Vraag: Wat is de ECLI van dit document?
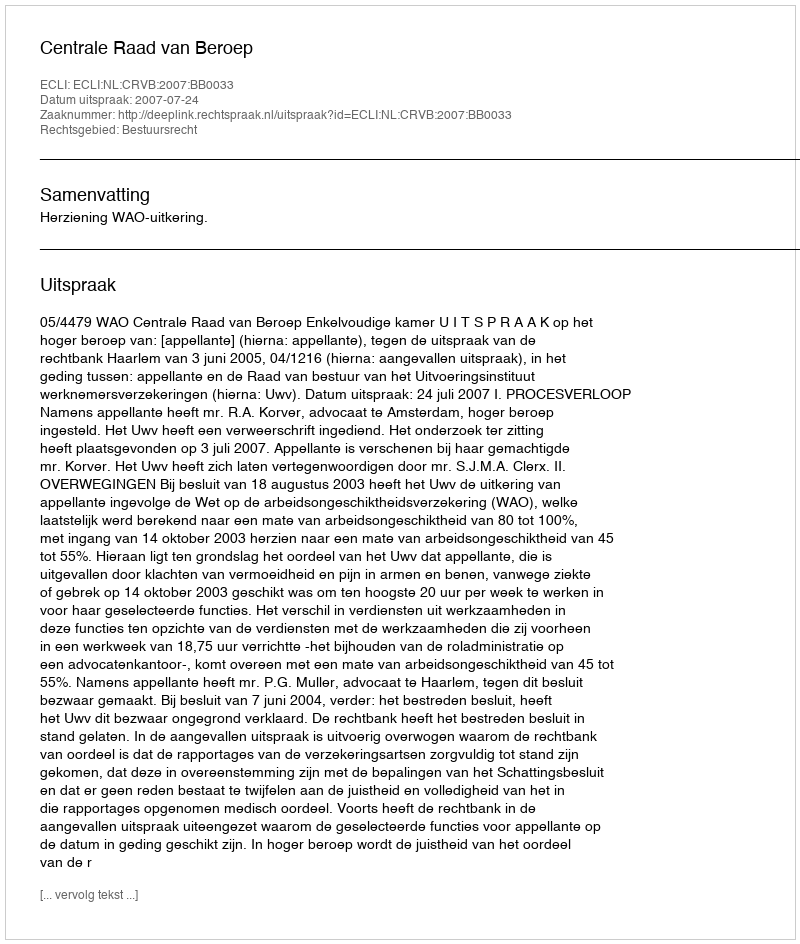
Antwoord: ECLI:NL:CRVB:2007:BB0033